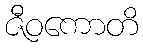
ဇီဝကောတိ